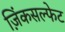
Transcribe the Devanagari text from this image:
ज़िंकसल्फेट